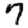
Digit: 7